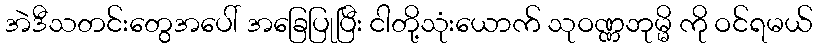
အဲဒီသတင်းတွေအပေါ် အခြေပြုပြီး ငါတို့သုံးယောက် သုဝဏ္ဏဘုမ္မိ ကို ဝင်ရမယ်